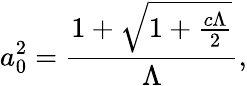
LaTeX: a_{0}^{2}=\frac{1+\sqrt{1+\frac{c\Lambda}{2}}}{{\Lambda}},